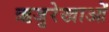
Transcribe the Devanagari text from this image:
ऋजुरेखाओं